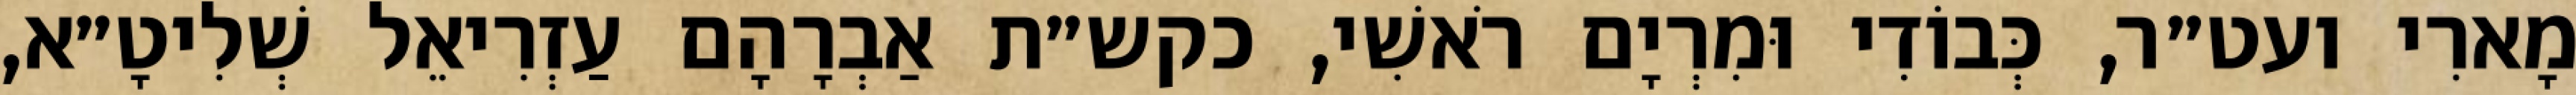
מָארִי ועט״ר, כְּבוֹדִי וּמִרְיָם רֹאשִׁי, כקש״ת אַבְרָהָם עַזְרִיאֵל שְׁלִיטָ״א,